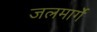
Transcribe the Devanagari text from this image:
जलमार्गे